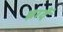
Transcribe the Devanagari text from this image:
ब्रादें